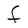
Character: f